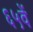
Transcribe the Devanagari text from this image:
६५वें